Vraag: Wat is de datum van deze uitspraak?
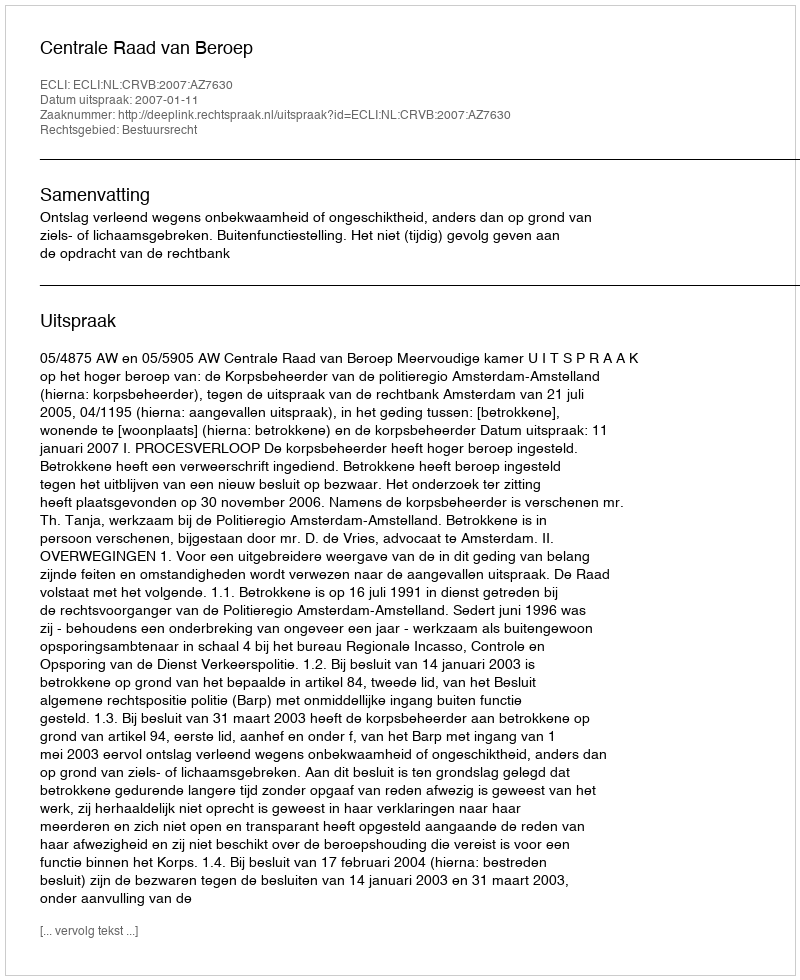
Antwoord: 2007-01-11